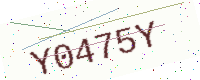
Text: Y0475Y